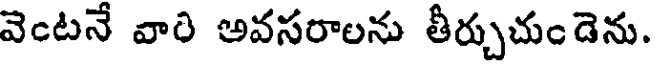
వెంటనే వారి అవసరాలను తీర్చుచుండెను.